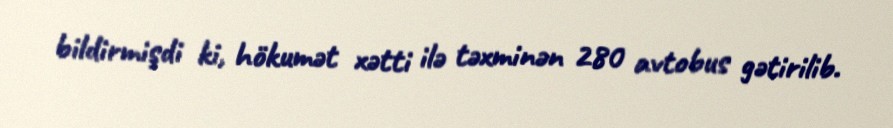
bildirmişdi ki, hökumət xətti ilə təxminən 280 avtobus gətirilib.